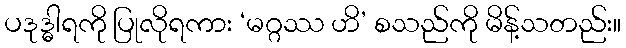
ပဒုဒ္ဓါရကို ပြုလိုရကား ‘မဂ္ဂဿ ဟိ’ စသည်ကို မိန့်သတည်း။